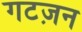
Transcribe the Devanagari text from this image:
गटज़न